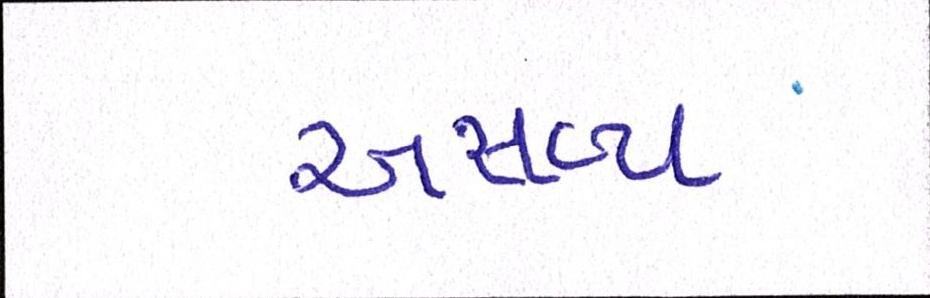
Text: અસહ્ય